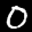
Label: 0